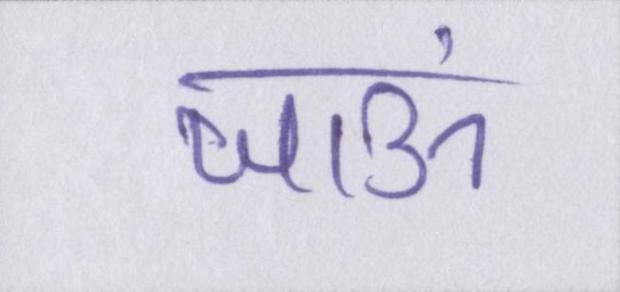
जाऊं